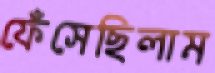
ফেঁসেছিলাম